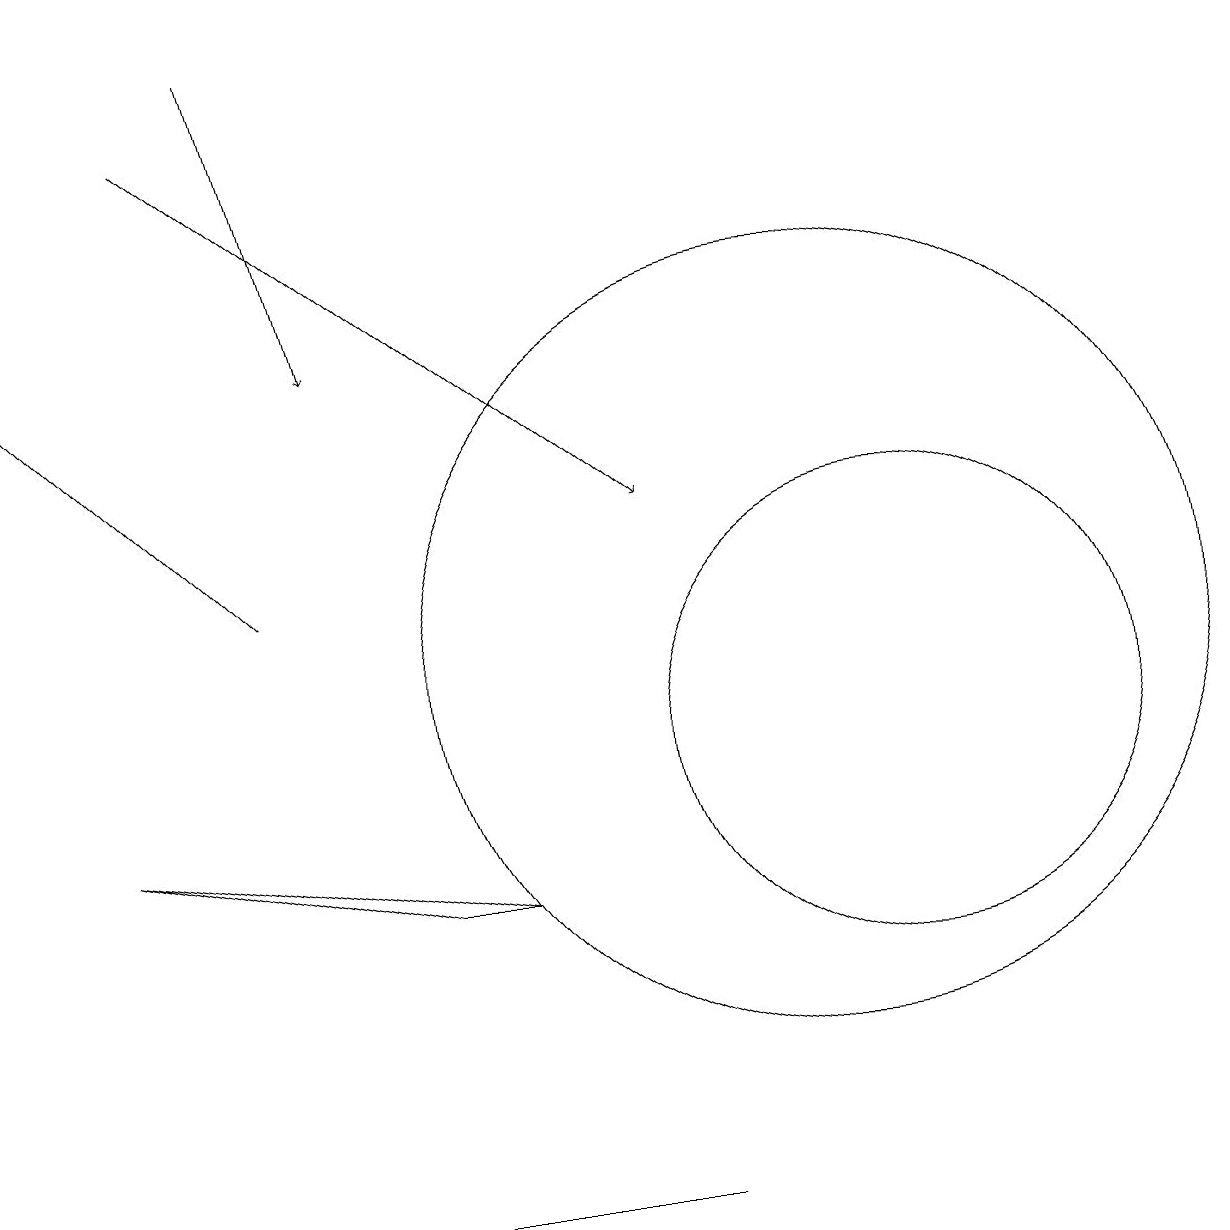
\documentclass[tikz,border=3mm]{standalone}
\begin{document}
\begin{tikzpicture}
\draw[->] (2,18) -- (8,13);
\draw[->] (3,12) -- (0,15);
\draw[->] (3,19) -- (4,15);
\draw (11,10) circle (3);
\draw (10,11) circle (5);
\draw (5,8) -- (1,9) -- (6,8) -- cycle;
\draw (6,4) -- (5,4) -- (8,4) -- cycle;
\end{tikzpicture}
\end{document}